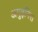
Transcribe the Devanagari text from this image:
अगुइनिस